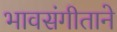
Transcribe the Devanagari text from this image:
भावसंगीताने